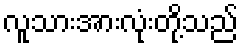
လူသားအားလုံးတို့သည်